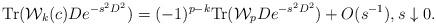
LaTeX: \begin{align*} \mathrm{Tr}(\mathcal{W}_k(c)De^{-s^2D^2}) = (-1)^{p-k}\mathrm{Tr}(\mathcal{W}_{p}De^{-s^2D^2}) + O(s^{-1}),s\downarrow 0. \end{align*}